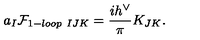
a _ { I } { \cal F } _ { 1 - l o o p \ I J K } = { \frac { i h ^ { \vee } } { \pi } } K _ { J K } .